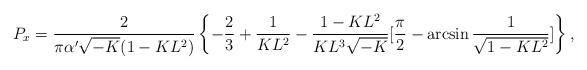
LaTeX: \begin{align*}P_x=\frac{2}{\pi\alpha'\sqrt{-K}(1-KL^2)}\left\{-\frac{2}{3}+\frac{1}{KL^2}-\frac{1-KL^2}{KL^3\sqrt{-K}}[\frac{\pi}{2}-\arcsin\frac{1}{\sqrt{1-KL^2}}]\right\},\end{align*}